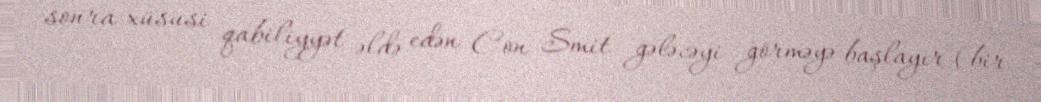
sonra xüsusi qabiliyyət əldə edən Con Smit gələcəyi görməyə başlayır (bir